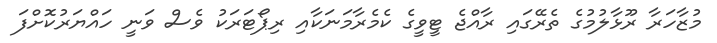
މުޒާހަރާ ރޫޅާލުމުގެ ތެރޭގައި ރާއްޖެ ޓީވީގެ ކެމެރާމަނަކާއި ރިޕޯޓަރަކު ވެސް ވަނީ ހައްޔަރުކޮށްފަ